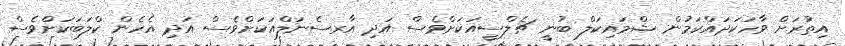
އިތުރަށް ވާހަކަދައްކަމުން ޝްމައިކަލް ބުނީ ޗެލްސީއަކަށްވެސް އަދި އާރސެނަލްއަކަށްވެސް އަދި އެހެން ކްލަބަކަށްވެސް